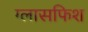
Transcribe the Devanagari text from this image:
ग्लासफिश